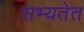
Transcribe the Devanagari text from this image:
सभ्यतेत